Indian journal of veterinary science and animal husbandry - Volume 4,
Year: 1934
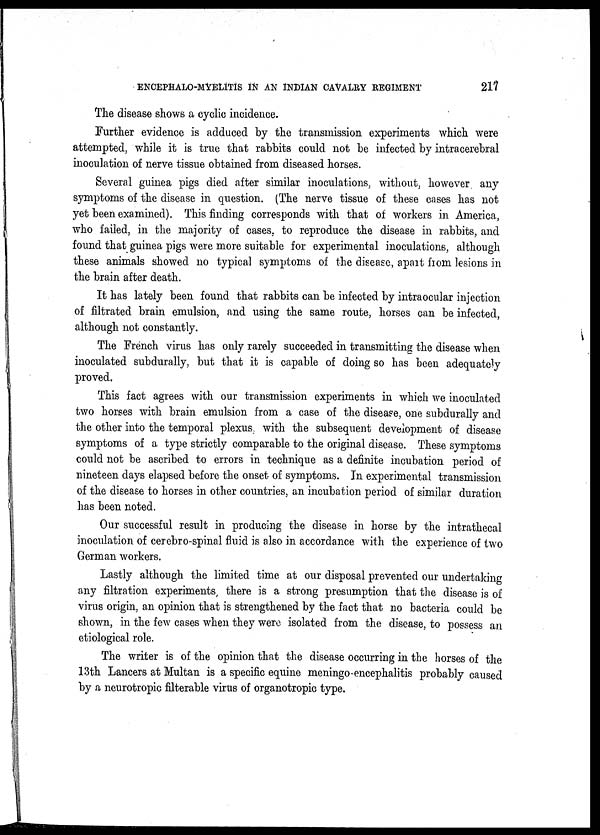
ENCEPHALO-MYELITIS IN AN INDIAN CAVALRY REGIMENT
217
The disease shows a cyclic incidence.
Further evidence is adduced by the transmission experiments which were
attempted, while it is true that rabbits could not be infected by intracerebral
inoculation of nerve tissue obtained from diseased horses.
Several guinea pigs died after similar inoculations, without, however any
symptoms of the disease in question. (The nerve tissue of these cases has not
yet been examined). This finding corresponds with that of workers in America,
who failed, in the majority of cases, to reproduce the disease in rabbits, and
found that guinea pigs were more suitable for experimental inoculations, although
these animals showed no typical symptoms of the disease, apart from lesions in
the brain after death.
It has lately been found that rabbits can be infected by intraocular injection
of filtrated brain emulsion, and using the same route, horses can be infected,
although not constantly.
The French virus has only rarely succeeded in transmitting the disease when
inoculated subdurally, but that it is capable of doing so has been adequately
proved.
This fact agrees with our transmission experiments in which we inoculated
two horses with brain emulsion from a case of the disease, one subdurally and
the other into the temporal plexus, with the subsequent development of disease
symptoms of a type strictly comparable to the original disease. These symptoms
could not be ascribed to errors in technique as a definite incubation period of
nineteen days elapsed before the onset of symptoms. In experimental transmission
of the disease to horses in other countries, an incubation period of similar duration
has been noted.
Our successful result in producing the disease in horse by the intrathecal
inoculation of cerebro-spinal fluid is also in accordance with the experience of two
German workers.
Lastly although the limited time at our disposal prevented our undertaking
any filtration experiments, there is a strong presumption that the disease is of
virus origin, an opinion that is strengthened by the fact that no bacteria could be
shown, in the few cases when they were isolated from the disease, to possess an
etiological role.
The writer is of the opinion that the disease occurring in the horses of the
13th Lancers at Multan is a specific equine meningo-encephalitis probably caused
by a neurotropic filterable virus of organotropic type.